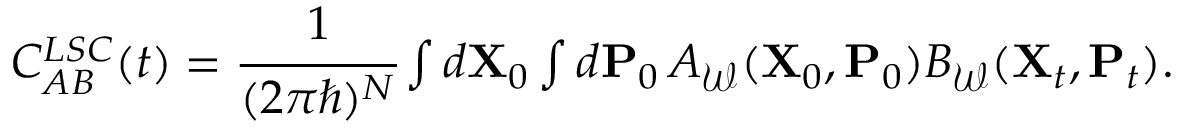
\begin{array} { r } { C _ { A B } ^ { L S C } ( t ) = \cfrac { 1 } { ( 2 \pi \hbar ) ^ { N } } \int d \mathbf { X } _ { 0 } \int d \mathbf { P } _ { 0 } \, A _ { \mathcal { W } } ( \mathbf { X } _ { 0 } , \mathbf { P } _ { 0 } ) B _ { \mathcal { W } } ( \mathbf { X } _ { t } , \mathbf { P } _ { t } ) . } \end{array}